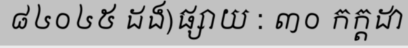
៨៤០៤៥ ដង)ផ្សាយ : ៣០ កក្តដា